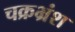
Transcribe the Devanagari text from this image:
चक्रभ्रंश